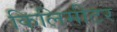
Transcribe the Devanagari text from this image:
किलिमीटर